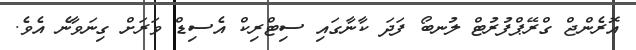
އޮރެންޖް ގްރޭޕްފުރުޓް ލުނބޯ ފަދަ ކާނާގައި ސިޓްރިކް އެސިޑް ވަރަށް ގިނަވާނެ އެވެ.